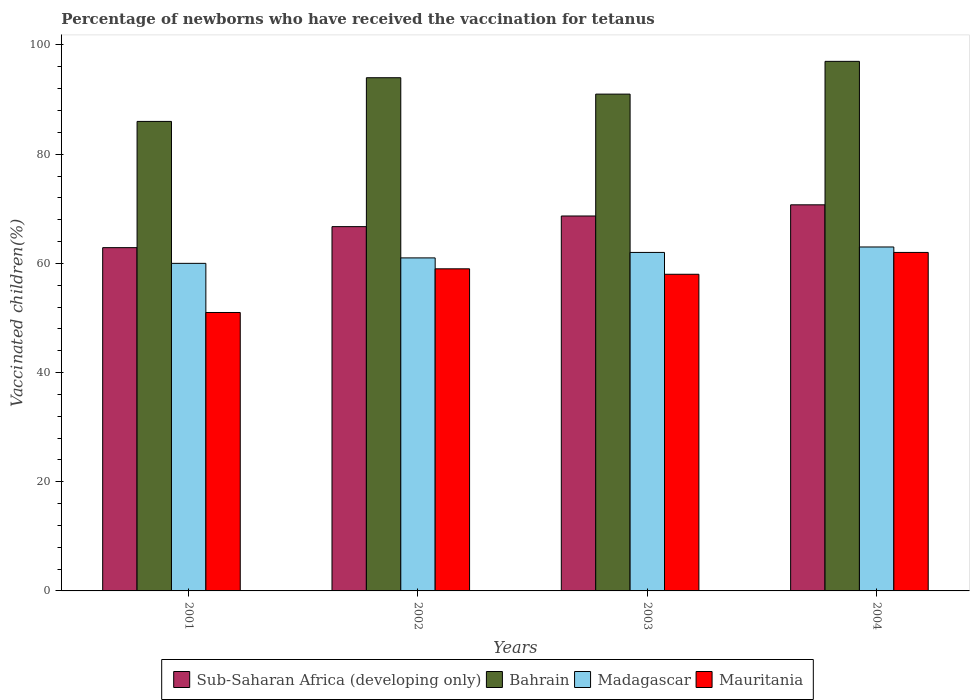
| Years | Sub-Saharan Africa (developing only) | Bahrain | Madagascar | Mauritania |
 | --- | --- | --- | --- | --- |
 | 2001 | 62.9 | 86 | 60 | 51 |
 | 2002 | 66.7 | 94 | 61 | 59 |
 | 2003 | 68.7 | 91 | 62 | 58 |
 | 2004 | 70.7 | 97 | 63 | 62 |